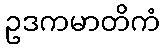
ဥဒကမာတိကံ